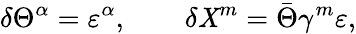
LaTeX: \delta\Theta^{\alpha}=\varepsilon^{\alpha},\qquad\delta\mathit{X}^{m}=\bar{{\Theta}}\gamma^{m}\varepsilon,